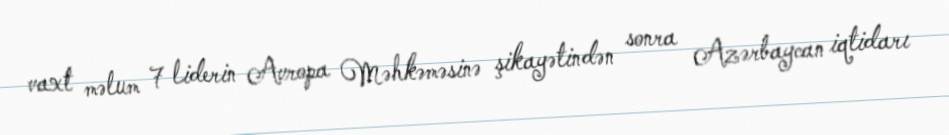
vaxt məlum 7 liderin Avropa Məhkəməsinə şikayətindən sonra Azərbaycan iqtidarı